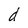
Character: d